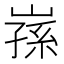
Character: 𭗅